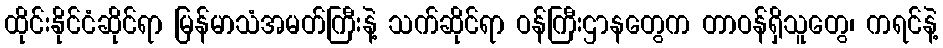
ထိုင်းနိုင်ငံဆိုင်ရာ မြန်မာသံအမတ်ကြီးနဲ့ သက်ဆိုင်ရာ ဝန်ကြီးဌာနတွေက တာဝန်ရှိသူတွေ၊ ကရင်နဲ့